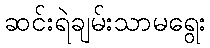
ဆင်းရဲချမ်းသာမရွေး